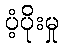
ပံ့ပိုးမှု